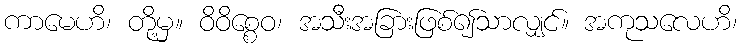
ကာမေဟိ၊ တို့မှ။ ဝိဝိစ္စေဝ၊ အသီးအခြားဖြစ်၍သာလျှင်။ အကုသလေဟိ၊